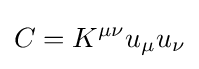
C=K^{\mu \nu }u_{\mu }u_{\nu }